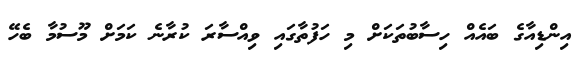
އިންޑިއާގެ ބައެއް ހިސާބުތަކަށް މި ހަފުތާގައި ވިއްސާރަ ކުރާނެ ކަމަށް މޫސުމާ ބެހޭ